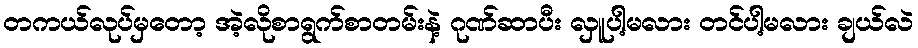
တကယ်လုပ်မှတော့ အဲ့လိုစာရွက်စာတမ်းနဲ့ ဂုဏ်ဆာပီး လှူပါ့မလား တင်ပါ့မလား ချယ်လဲ